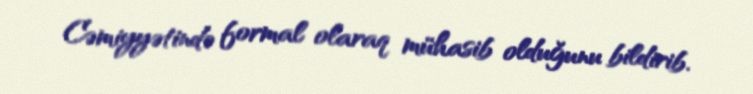
Cəmiyyətində formal olaraq mühasib olduğunu bildirib.